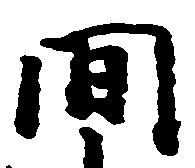
間